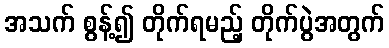
အသက် စွန့်၍ တိုက်ရမည့် တိုက်ပွဲအတွက်